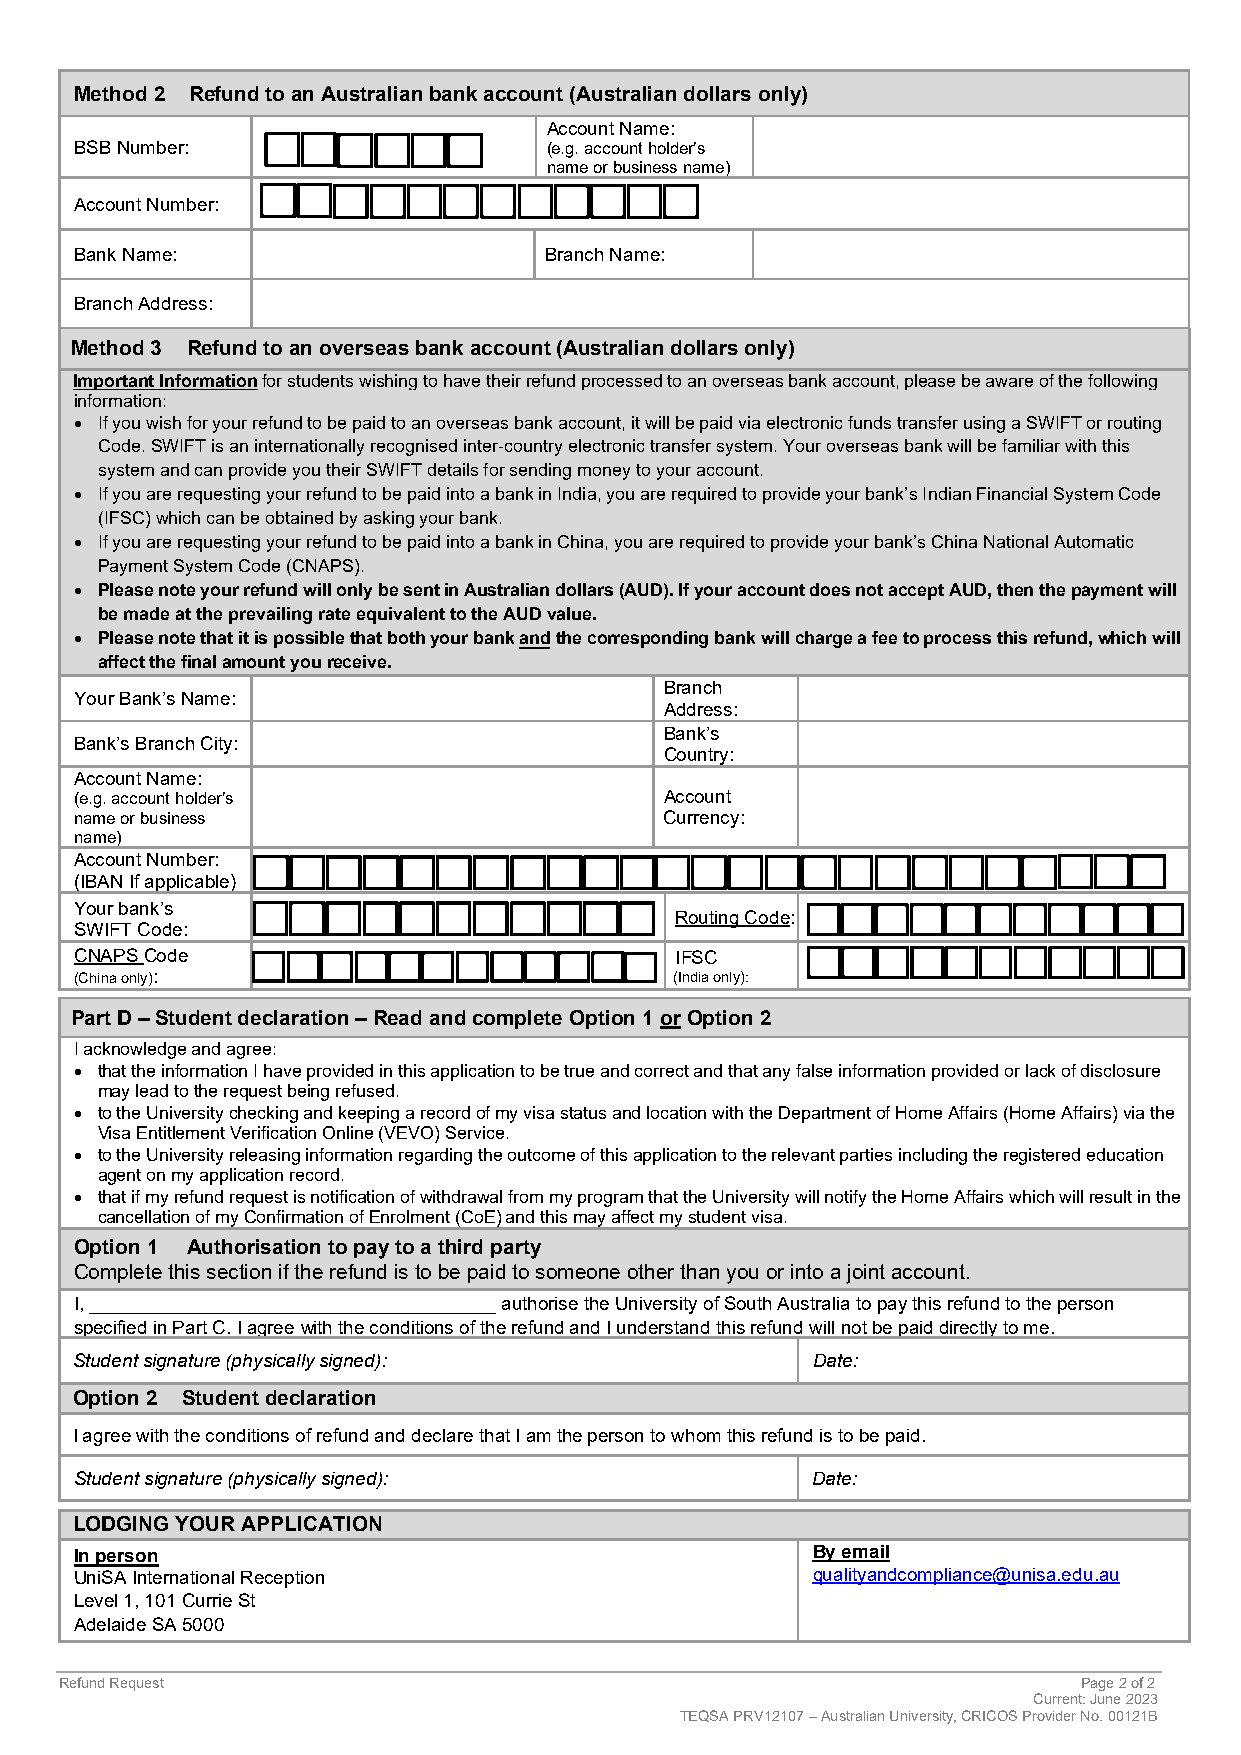
Method 2 Refund to an Australian bank account (Australian dollars only)
 Account Name:
 BSB Number:                    (e.g. account holder’s
 name or business name)
 Account Number:
 Bank Name:                     Branch Name:
 Branch Address:
 Method 3 Refund to an overseas bank account (Australian dollars only)
 Important Information for students wishing to have their refund processed to an overseas bank account, please be aware of the following
 information:
 • If you wish for your refund to be paid to an overseas bank account, it will be paid via electronic funds transfer using a SWIFT or routing
 Code. SWIFT is an internationally recognised inter-country electronic transfer system. Your overseas bank will be familiar with this
 system and can provide you their SWIFT details for sending money to your account.
 • If you are requesting your refund to be paid into a bank in India, you are required to provide your bank’s Indian Financial System Code
 (IFSC) which can be obtained by asking your bank.
 • If you are requesting your refund to be paid into a bank in China, you are required to provide your bank’s China National Automatic
 Payment System Code (CNAPS).
 • Please note your refund will only be sent in Australian dollars (AUD). If your account does not accept AUD, then the payment will
 be made at the prevailing rate equivalent to the AUD value.
 • Please note that it is possible that both your bank and the corresponding bank will charge a fee to process this refund, which will
 affect the final amount you receive.
 Branch
 Your Bank’s Name:
 Address:
 Bank’s
 Bank’s Branch City:
 Country:
 Account Name:
 (e.g. account holder’s                 Account
 name or business                       Currency:
 name)
 Account Number:
 (IBAN If applicable)
 Your bank’s
 Routing Code:
 SWIFT Code:
 CNAPS Code                              IFSC
 (China only):                           (India only):
 Part D – Student declaration – Read and complete Option 1 or Option 2
 I acknowledge and agree:
 • that the information I have provided in this application to be true and correct and that any false information provided or lack of disclosure
 may lead to the request being refused.
 • to the University checking and keeping a record of my visa status and location with the Department of Home Affairs (Home Affairs) via the
 Visa Entitlement Verification Online (VEVO) Service.
 • to the University releasing information regarding the outcome of this application to the relevant parties including the registered education
 agent on my application record.
 • that if my refund request is notification of withdrawal from my program that the University will notify the Home Affairs which will result in the
 cancellation of my Confirmation of Enrolment (CoE) and this may affect my student visa.
 Option 1 Authorisation to pay to a third party
 Complete this section if the refund is to be paid to someone other than you or into a joint account.
 I, _______________________________________ authorise the University of South Australia to pay this refund to the person
 specified in Part C. I agree with the conditions of the refund and I understand this refund will not be paid directly to me.
 Student signature (physically signed):           Date:
 Option 2 Student declaration
 I agree with the conditions of refund and declare that I am the person to whom this refund is to be paid.
 Student signature (physically signed):           Date:
 LODGING YOUR APPLICATION
 In person                                        By email
 UniSA International Reception                    qualityandcompliance@unisa.edu.au
 Level 1, 101 Currie St
 Adelaide SA 5000
 Refund Request                                                      Page 2 of 2
 Current: June 2023
 TEQSA PRV12107 – Australian University, CRICOS Provider No. 00121B